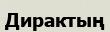
Дирактың